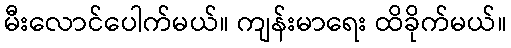
မီးလောင်ပေါက်မယ်။ ကျန်းမာရေး ထိခိုက်မယ်။